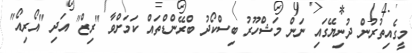
މީގެއިތުރުން ދުނިޔޭގައި ނަން މަޝްހޫރު ބިސްކޯދު ބްރޭންޑްތައް ކަމަށްވާ "ރިޒް" އަދި "އޯރިއޯ"